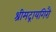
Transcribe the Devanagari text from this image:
श्रीमद्रायगिरौ